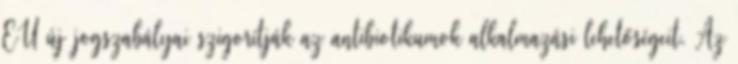
EU új jogszabályai szigorítják az antibiotikumok alkalmazási lehetőségeit. Az